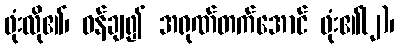
ဖုံးလို၏၊ ဝန်ချ၍ အရုဏ်တက်အောင် ဖုံး၏(၂)၊